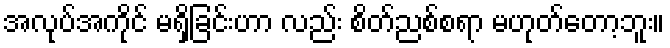
အလုပ်အကိုင် မရှိခြင်းဟာ လည်း စိတ်ညစ်စရာ မဟုတ်တော့ဘူး။